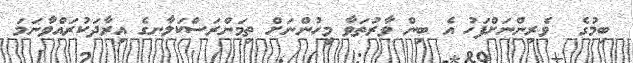
ބިމުގެ  ވެރިންނަށްފަހު އެ ބިން ވާރުތަވާ މީހުންނަށް ތިމަންރަސްކަލާނގެ އިރާދަކުރައްވާނަމަ